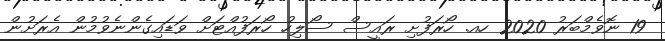
19 ނޮވެމްބަރު 2020 ހއ. ހޯރަފުށި ރައީސް ސޯލިހު ހޯރަފުއްޓަށް ވަޑައިގެންނެވުމުން އެރަށުން